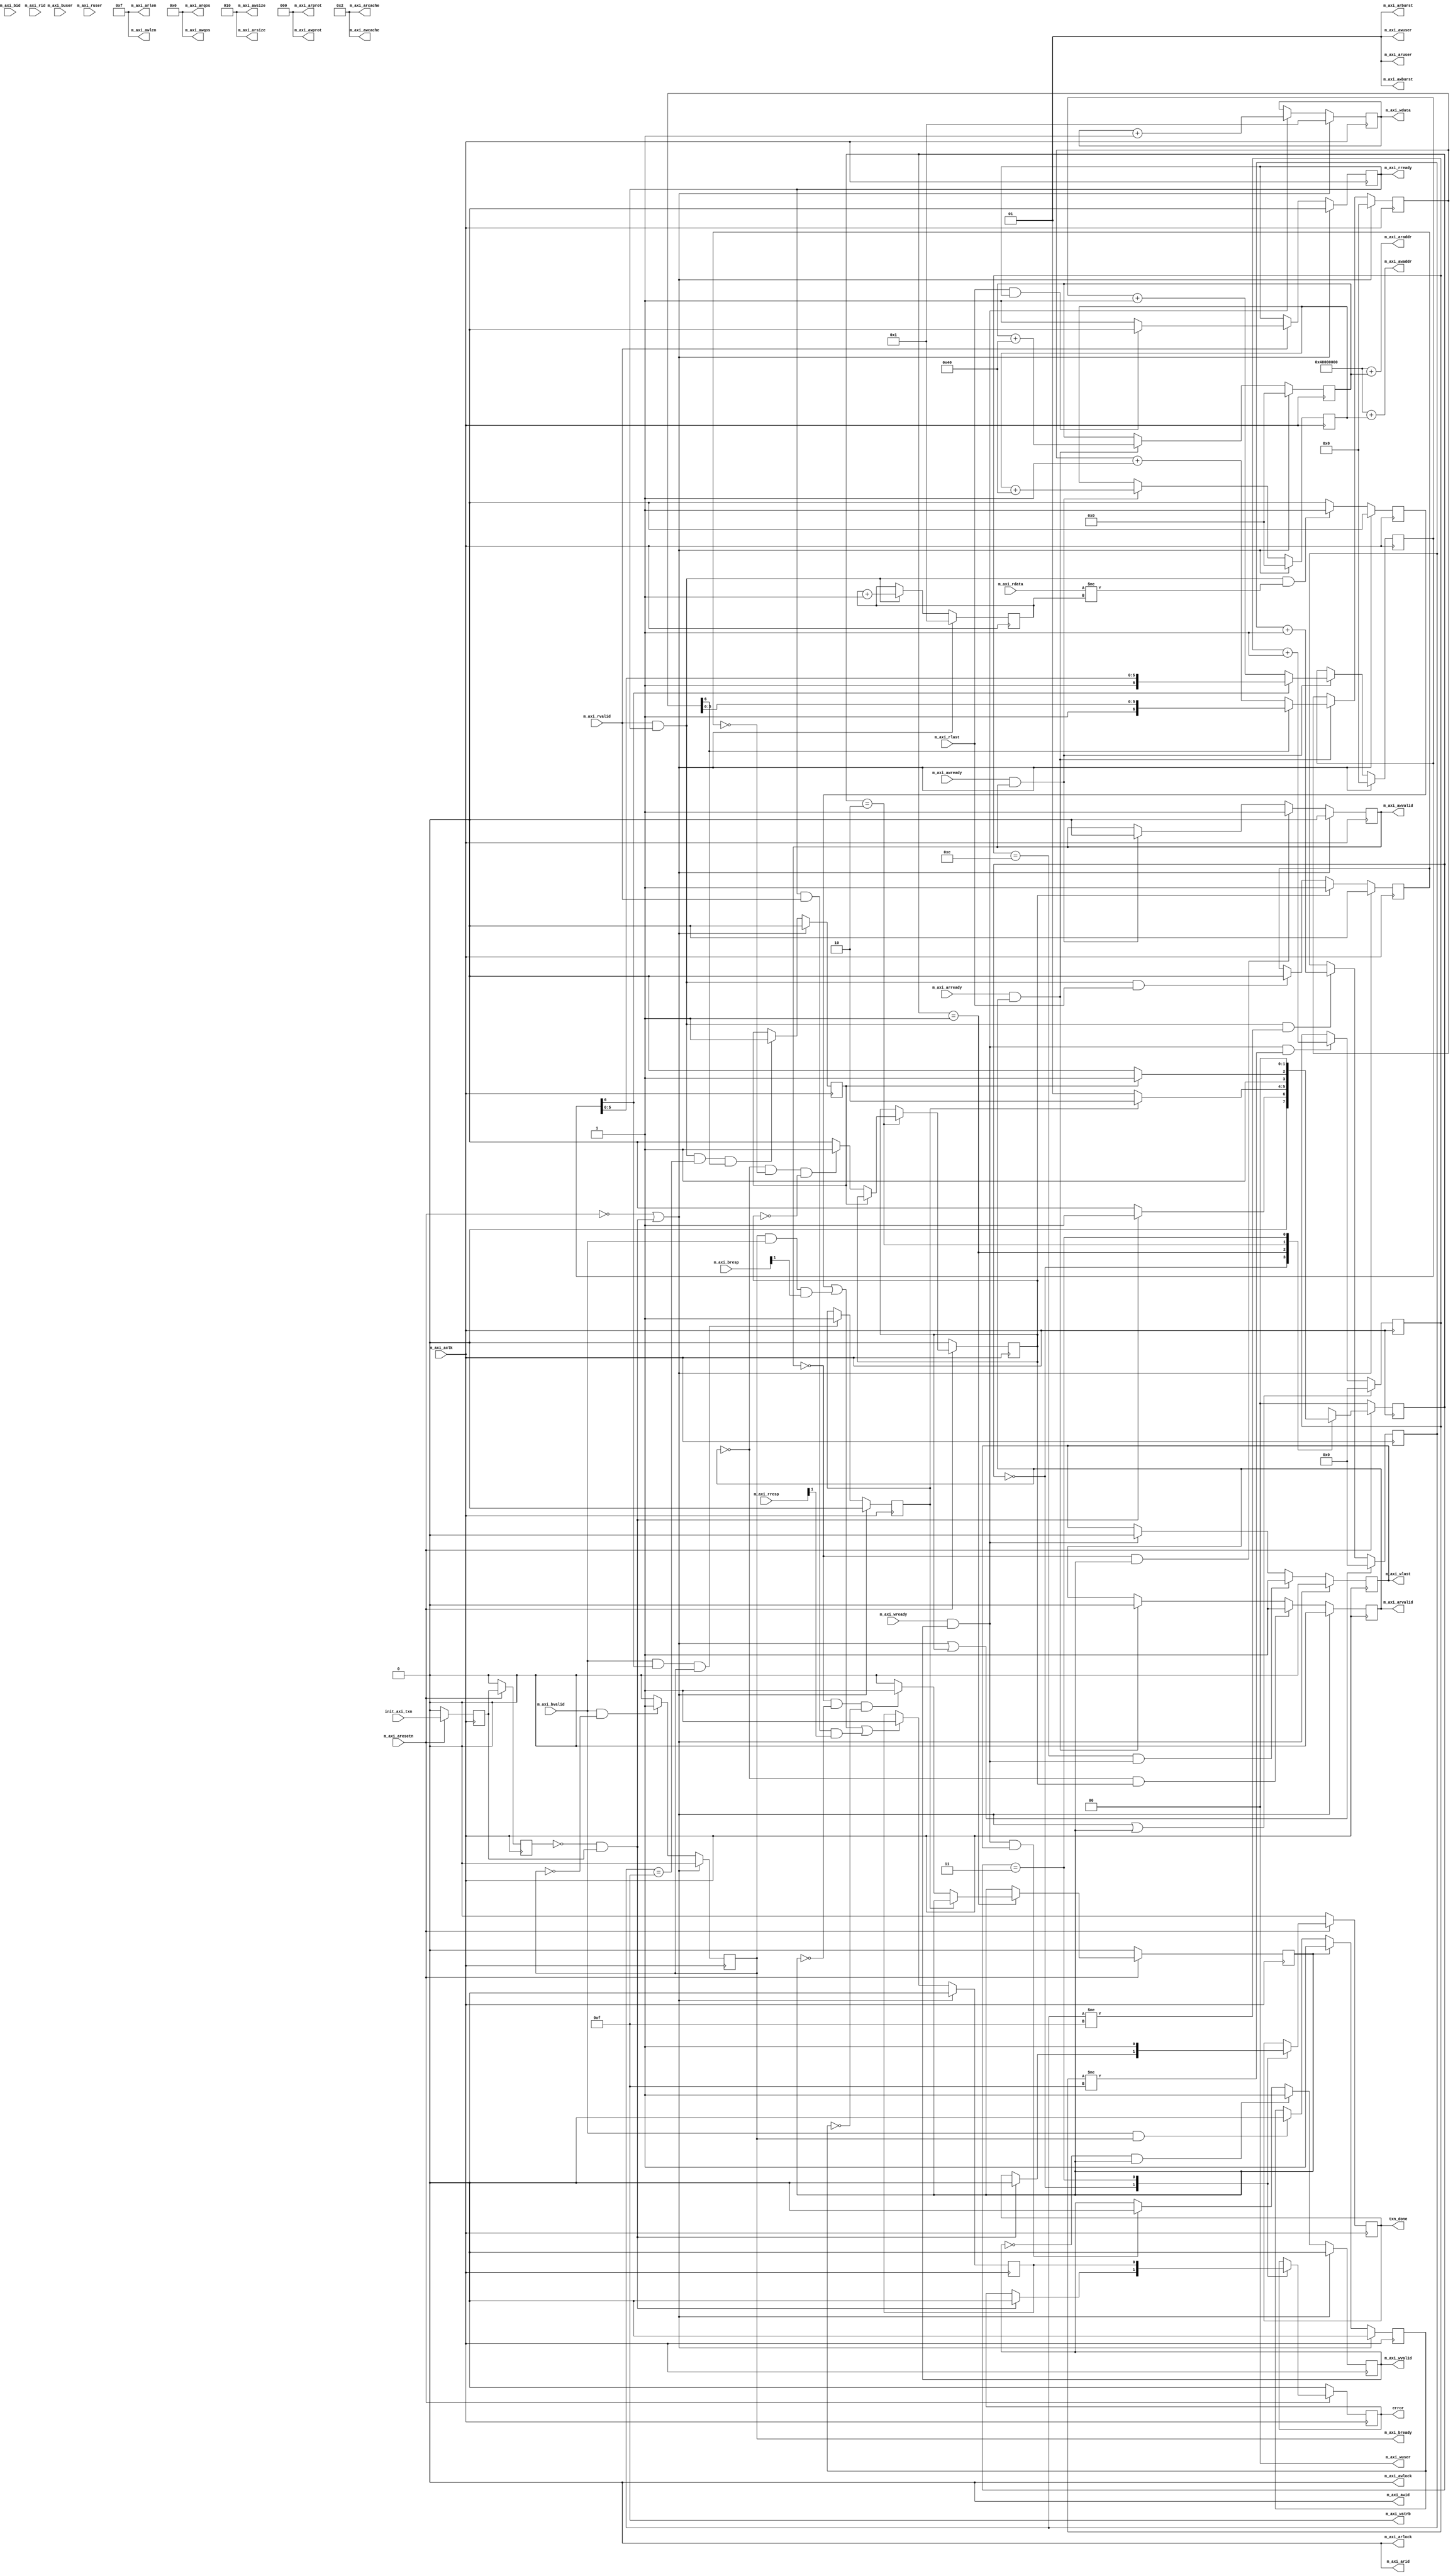
// PROVIDED BY XILINX; NO MODIFICATIONS; WE DID NOT WRITE THIS!

`timescale 1 ns / 1 ps

	module myip4_v1_0_m00_axi #
	(
		// users to add parameters here

		// user parameters ends
		// do not modify the parameters beyond this line

		// base address of targeted slave
		parameter  C_M_TARGET_SLAVE_BASE_ADDR	= 32'h40000000,

		// burst length. supports 1, 2, 4, 8, 16, 32, 64, 128, 256 burst lengths
		parameter integer C_M_AXI_BURST_LEN	= 16,

		// thread id width
		parameter integer C_M_AXI_ID_WIDTH	= 1,

		// width of address bus
		parameter integer C_M_AXI_ADDR_WIDTH	= 32,

		// width of data bus
		parameter integer C_M_AXI_DATA_WIDTH	= 32,

		// width of user write address bus
		parameter integer C_M_AXI_AWUSER_WIDTH	= 0,

		// width of user read address bus
		parameter integer C_M_AXI_ARUSER_WIDTH	= 0,

		// width of user write data bus
		parameter integer C_M_AXI_WUSER_WIDTH	= 0,

		// width of user read data bus
		parameter integer C_M_AXI_RUSER_WIDTH	= 0,

		// width of user response bus
		parameter integer C_M_AXI_BUSER_WIDTH	= 0
	)
	(
		// users to add ports here

		// user ports ends
	

		// initiate axi transactions
		input wire  init_axi_txn,

		// asserts when transaction is complete
		output wire  txn_done,

		// asserts when error is detected
		output reg  error,

		// global clock signal.
		input wire  m_axi_aclk,

		// global reset singal. this signal is active low
		input wire  m_axi_aresetn,

		// master interface write address id
		output wire [C_M_AXI_ID_WIDTH-1 : 0] m_axi_awid,

		// master interface write address
		output wire [C_M_AXI_ADDR_WIDTH-1 : 0] m_axi_awaddr,

		// burst length. the burst length gives the exact number of transfers in a burst
		output wire [7 : 0] m_axi_awlen,

		// burst size. this signal indicates the size of each transfer in the burst
		output wire [2 : 0] m_axi_awsize,

		// burst type. the burst type and the size information, 
    // determine how the address for each transfer within the burst is calculated.
		output wire [1 : 0] m_axi_awburst,

		// lock type. provides additional information about the
    // atomic characteristics of the transfer.
		output wire  m_axi_awlock,

		// memory type. this signal indicates how transactions
    // are required to progress through a system.
		output wire [3 : 0] m_axi_awcache,

		// protection type. this signal indicates the privilege
    // and security level of the transaction, and whether
    // the transaction is a data access or an instruction access.
		output wire [2 : 0] m_axi_awprot,

		// quality of service, qos identifier sent for each write transaction.
		output wire [3 : 0] m_axi_awqos,

		// optional user-defined signal in the write address channel.
		output wire [C_M_AXI_AWUSER_WIDTH-1 : 0] m_axi_awuser,

		// write address valid. this signal indicates that
    // the channel is signaling valid write address and control information.
		output wire  m_axi_awvalid,

		// write address ready. this signal indicates that
    // the slave is ready to accept an address and associated control signals
		input wire  m_axi_awready,

		// master interface write data.
		output wire [C_M_AXI_DATA_WIDTH-1 : 0] m_axi_wdata,

		// write strobes. this signal indicates which byte
    // lanes hold valid data. there is one write strobe
    // bit for each eight bits of the write data bus.
		output wire [C_M_AXI_DATA_WIDTH/8-1 : 0] m_axi_wstrb,

		// write last. this signal indicates the last transfer in a write burst.
		output wire  m_axi_wlast,

		// optional user-defined signal in the write data channel.
		output wire [C_M_AXI_WUSER_WIDTH-1 : 0] m_axi_wuser,

		// write valid. this signal indicates that valid write
    // data and strobes are available
		output wire  m_axi_wvalid,

		// write ready. this signal indicates that the slave
    // can accept the write data.
		input wire  m_axi_wready,

		// master interface write response.
		input wire [C_M_AXI_ID_WIDTH-1 : 0] m_axi_bid,

		// write response. this signal indicates the status of the write transaction.
		input wire [1 : 0] m_axi_bresp,

		// optional user-defined signal in the write response channel
		input wire [C_M_AXI_BUSER_WIDTH-1 : 0] m_axi_buser,

		// write response valid. this signal indicates that the
    // channel is signaling a valid write response.
		input wire  m_axi_bvalid,

		// response ready. this signal indicates that the master
    // can accept a write response.
		output wire  m_axi_bready,

		// master interface read address.
		output wire [C_M_AXI_ID_WIDTH-1 : 0] m_axi_arid,

		// read address. this signal indicates the initial
    // address of a read burst transaction.
		output wire [C_M_AXI_ADDR_WIDTH-1 : 0] m_axi_araddr,

		// burst length. the burst length gives the exact number of transfers in a burst
		output wire [7 : 0] m_axi_arlen,

		// burst size. this signal indicates the size of each transfer in the burst
		output wire [2 : 0] m_axi_arsize,

		// burst type. the burst type and the size information, 
    // determine how the address for each transfer within the burst is calculated.
		output wire [1 : 0] m_axi_arburst,

		// lock type. provides additional information about the
    // atomic characteristics of the transfer.
		output wire  m_axi_arlock,

		// memory type. this signal indicates how transactions
    // are required to progress through a system.
		output wire [3 : 0] m_axi_arcache,

		// protection type. this signal indicates the privilege
    // and security level of the transaction, and whether
    // the transaction is a data access or an instruction access.
		output wire [2 : 0] m_axi_arprot,

		// quality of service, qos identifier sent for each read transaction
		output wire [3 : 0] m_axi_arqos,

		// optional user-defined signal in the read address channel.
		output wire [C_M_AXI_ARUSER_WIDTH-1 : 0] m_axi_aruser,

		// write address valid. this signal indicates that
    // the channel is signaling valid read address and control information
		output wire  m_axi_arvalid,

		// read address ready. this signal indicates that
    // the slave is ready to accept an address and associated control signals
		input wire  m_axi_arready,

		// read id tag. this signal is the identification tag
    // for the read data group of signals generated by the slave.
		input wire [C_M_AXI_ID_WIDTH-1 : 0] m_axi_rid,

		// master read data
		input wire [C_M_AXI_DATA_WIDTH-1 : 0] m_axi_rdata,

		// read response. this signal indicates the status of the read transfer
		input wire [1 : 0] m_axi_rresp,

		// read last. this signal indicates the last transfer in a read burst
		input wire  m_axi_rlast,

		// optional user-defined signal in the read address channel.
		input wire [C_M_AXI_RUSER_WIDTH-1 : 0] m_axi_ruser,

		// read valid. this signal indicates that the channel
    // is signaling the required read data.
		input wire  m_axi_rvalid,

		// read ready. this signal indicates that the master can
    // accept the read data and response information.
		output wire  m_axi_rready
	);


	// function called clogb2 that returns an integer which has the
	//value of the ceiling of the log base 2

	  // function called clogb2 that returns an integer which has the 
	  // value of the ceiling of the log base 2.                      
	  function integer clogb2 (input integer bit_depth);              
	  begin                                                           
	    for(clogb2=0; bit_depth>0; clogb2=clogb2+1)                   
	      bit_depth = bit_depth >> 1;                                 
	    end                                                           
	  endfunction                                                     

	// C_TRANSACTIONS_NUM is the width of the index counter for 
	// number of write or read transaction.
	 localparam integer C_TRANSACTIONS_NUM = clogb2(C_M_AXI_BURST_LEN-1);

	// burst length for transactions, in c_m_axi_data_widths.
	// non-2^n lengths will eventually cause bursts across 4k address boundaries.
	 localparam integer C_MASTER_LENGTH	= 12;

	// total number of burst transfers is master length divided by burst length and burst size
	 localparam integer C_NO_BURSTS_REQ = C_MASTER_LENGTH-clogb2((C_M_AXI_BURST_LEN*C_M_AXI_DATA_WIDTH/8)-1);

	// example state machine to initialize counter, initialize write transactions, 
	// initialize read transactions and comparison of read data with the 
	// written data words.
	parameter [1:0] idle = 2'b00, // this state initiates axi4lite transaction 
			// after the state machine changes state to init_write 
			// when there is 0 to 1 transition on init_axi_txn
		init_write   = 2'b01, // this state initializes write transaction,

			// once writes are done, the state machine 
			// changes state to init_read 
		init_read = 2'b10, // this state initializes read transaction

			// once reads are done, the state machine 
			// changes state to init_compare 

		init_compare = 2'b11; // this state issues the status of comparison 
			// of the written data with the read data	

	 reg [1:0] mst_exec_state;

	// axi4lite signals
	//axi4 internal temp signals
	reg [C_M_AXI_ADDR_WIDTH-1 : 0] 	axi_awaddr;
	reg  	axi_awvalid;
	reg [C_M_AXI_DATA_WIDTH-1 : 0] 	axi_wdata;
	reg  	axi_wlast;
	reg  	axi_wvalid;
	reg  	axi_bready;
	reg [C_M_AXI_ADDR_WIDTH-1 : 0] 	axi_araddr;
	reg  	axi_arvalid;
	reg  	axi_rready;
	//write beat count in a burst
	reg [C_TRANSACTIONS_NUM : 0] 	write_index;

	//read beat count in a burst
	reg [C_TRANSACTIONS_NUM : 0] 	read_index;

	//size of C_M_AXI_BURST_LEN length burst in bytes
	wire [C_TRANSACTIONS_NUM+2 : 0] 	burst_size_bytes;

	//the burst counters are used to track the number of burst transfers of C_M_AXI_BURST_LEN burst length needed to transfer 2^C_MASTER_LENGTH bytes of data.
	reg [C_NO_BURSTS_REQ : 0] 	write_burst_counter;

	reg [C_NO_BURSTS_REQ : 0] 	read_burst_counter;
	reg  	start_single_burst_write;
	reg  	start_single_burst_read;
	reg  	writes_done;
	reg  	reads_done;
	reg  	error_reg;
	reg  	compare_done;
	reg  	read_mismatch;
	reg  	burst_write_active;
	reg  	burst_read_active;
	reg [C_M_AXI_DATA_WIDTH-1 : 0] 	expected_rdata;

	//interface response error flags
	wire  	write_resp_error;
	wire  	read_resp_error;
	wire  	wnext;
	wire  	rnext;
	reg  	init_txn_ff;
	reg  	init_txn_ff2;
	reg  	init_txn_edge;
	wire  	init_txn_pulse;


	// i/o connections assignments

	//i/o connections. write address (aw)
	assign m_axi_awid	= 'b0;

	//the axi address is a concatenation of the target base address + active offset range
	assign m_axi_awaddr	= C_M_TARGET_SLAVE_BASE_ADDR + axi_awaddr;

	//burst length is number of transaction beats, minus 1
	assign m_axi_awlen	= C_M_AXI_BURST_LEN - 1;

	//size should be C_M_AXI_DATA_WIDTH, in 2^size bytes, otherwise narrow bursts are used
	assign m_axi_awsize	= clogb2((C_M_AXI_DATA_WIDTH/8)-1);

	//incr burst type is usually used, except for keyhole bursts
	assign m_axi_awburst	= 2'b01;

	assign m_axi_awlock	= 1'b0;

	//update value to 4'b0011 if coherent accesses to be used via the zynq acp port. not allocated, modifiable, not bufferable. not bufferable since this example is meant to test memory, not intermediate cache. 
	assign m_axi_awcache	= 4'b0010;

	assign m_axi_awprot	= 3'h0;
	assign m_axi_awqos	= 4'h0;
	assign m_axi_awuser	= 'b1;
	assign m_axi_awvalid	= axi_awvalid;
	
	//write data(w)
	assign m_axi_wdata	= axi_wdata;

	//all bursts are complete and aligned in this example
	assign m_axi_wstrb	= {(C_M_AXI_DATA_WIDTH/8){1'b1}};

	assign m_axi_wlast	= axi_wlast;
	assign m_axi_wuser	= 'b0;
	assign m_axi_wvalid	= axi_wvalid;
	
	//write response (b)
	assign m_axi_bready	= axi_bready;

	//read address (ar)
	assign m_axi_arid	= 'b0;
	
	assign m_axi_araddr	= C_M_TARGET_SLAVE_BASE_ADDR + axi_araddr;
	
	//burst length is number of transaction beats, minus 1
	assign m_axi_arlen	= C_M_AXI_BURST_LEN - 1;
	
	//size should be C_M_AXI_DATA_WIDTH, in 2^n bytes, otherwise narrow bursts are used
	assign m_axi_arsize	= clogb2((C_M_AXI_DATA_WIDTH/8)-1);
	
	//incr burst type is usually used, except for keyhole bursts
	assign m_axi_arburst	= 2'b01;
	
	assign m_axi_arlock	= 1'b0;
	
	//update value to 4'b0011 if coherent accesses to be used via the zynq acp port. not allocated, modifiable, not bufferable. not bufferable since this example is meant to test memory, not intermediate cache. 
	assign m_axi_arcache	= 4'b0010;
	
	assign m_axi_arprot	= 3'h0;
	assign m_axi_arqos	= 4'h0;
	assign m_axi_aruser	= 'b1;
	assign m_axi_arvalid	= axi_arvalid;
	
	//read and read response (r)
	assign m_axi_rready	= axi_rready;
	
	//example design i/o
	assign txn_done	= compare_done;
	
	//burst size in bytes
	assign burst_size_bytes	= C_M_AXI_BURST_LEN * C_M_AXI_DATA_WIDTH/8;
	
	assign init_txn_pulse	= (!init_txn_ff2) && init_txn_ff;


	//generate a pulse to initiate axi transaction.
	always @(posedge m_axi_aclk)										      
	  begin                                                                        
	    // initiates axi transaction delay    
	    if (m_axi_aresetn == 0 )                                                   
	      begin                                                                    
	        init_txn_ff <= 1'b0;                                                   
	        init_txn_ff2 <= 1'b0;                                                   
	      end                                                                               
	    else                                                                       
	      begin  
	        init_txn_ff <= init_axi_txn;
	        init_txn_ff2 <= init_txn_ff;                                                                 
	      end                                                                      
	  end     


	//--------------------
	//write address channel
	//--------------------

	// the purpose of the write address channel is to request the address and 
	// command information for the entire transaction.  it is a single beat
	// of information.

	// the axi4 write address channel in this example will continue to initiate
	// write commands as fast as it is allowed by the slave/interconnect.
	// the address will be incremented on each accepted address transaction,
	// by burst_size_byte to point to the next address. 

	  always @(posedge m_axi_aclk)                                   
	  begin                                                                
	                                                                       
	    if (m_axi_aresetn == 0 || init_txn_pulse == 1'b1 )                                           
	      begin                                                            
	        axi_awvalid <= 1'b0;                                           
	      end                                                              
	    // if previously not valid , start next transaction                
	    else if (~axi_awvalid && start_single_burst_write)                 
	      begin                                                            
	        axi_awvalid <= 1'b1;                                           
	      end                                                              
	    /* once asserted, valids cannot be deasserted, so axi_awvalid      
	    must wait until transaction is accepted */                         
	    else if (m_axi_awready && axi_awvalid)                             
	      begin                                                            
	        axi_awvalid <= 1'b0;                                           
	      end                                                              
	    else                                                               
	      axi_awvalid <= axi_awvalid;                                      
	    end                                                                
	                                                                       
	                                                                       
	// next address after awready indicates previous address acceptance    
	  always @(posedge m_axi_aclk)                                         
	  begin                                                                
	    if (m_axi_aresetn == 0 || init_txn_pulse == 1'b1)                                            
	      begin                                                            
	        axi_awaddr <= 'b0;                                             
	      end                                                              
	    else if (m_axi_awready && axi_awvalid)                             
	      begin                                                            
	        axi_awaddr <= axi_awaddr + burst_size_bytes;                   
	      end                                                              
	    else                                                               
	      axi_awaddr <= axi_awaddr;                                        
	    end                                                                


	//--------------------
	//write data channel
	//--------------------

	//the write data will continually try to push write data across the interface.

	//the amount of data accepted will depend on the axi slave and the axi
	//interconnect settings, such as if there are fifos enabled in interconnect.

	//note that there is no explicit timing relationship to the write address channel.
	//the write channel has its own throttling flag, separate from the aw channel.

	//synchronization between the channels must be determined by the user.

	//the simpliest but lowest performance would be to only issue one address write
	//and write data burst at a time.

	//in this example they are kept in sync by using the same address increment
	//and burst sizes. then the aw and w channels have their transactions measured
	//with threshold counters as part of the user logic, to make sure neither 
	//channel gets too far ahead of each other.

	//forward movement occurs when the write channel is valid and ready

	  assign wnext = m_axi_wready & axi_wvalid;                                   
	                                                                                    
	// wvalid logic, similar to the axi_awvalid always block above                      
	  always @(posedge m_axi_aclk)                                                      
	  begin                                                                             
	    if (m_axi_aresetn == 0 || init_txn_pulse == 1'b1 )                                                        
	      begin                                                                         
	        axi_wvalid <= 1'b0;                                                         
	      end                                                                           
	    // if previously not valid, start next transaction                              
	    else if (~axi_wvalid && start_single_burst_write)                               
	      begin                                                                         
	        axi_wvalid <= 1'b1;                                                         
	      end                                                                           
	    /* if wready and too many writes, throttle wvalid                               
	    once asserted, valids cannot be deasserted, so wvalid                           
	    must wait until burst is complete with wlast */                                 
	    else if (wnext && axi_wlast)                                                    
	      axi_wvalid <= 1'b0;                                                           
	    else                                                                            
	      axi_wvalid <= axi_wvalid;                                                     
	  end                                                                               
	                                                                                    
	                                                                                    
	//wlast generation on the msb of a counter underflow                                
	// wvalid logic, similar to the axi_awvalid always block above                      
	  always @(posedge m_axi_aclk)                                                      
	  begin                                                                             
	    if (m_axi_aresetn == 0 || init_txn_pulse == 1'b1 )                                                        
	      begin                                                                         
	        axi_wlast <= 1'b0;                                                          
	      end                                                                           
	    // axi_wlast is asserted when the write index                                   
	    // count reaches the penultimate count to synchronize                           
	    // with the last write data when write_index is b1111                           
	    // else if (&(write_index[C_TRANSACTIONS_NUM-1:1])&& ~write_index[0] && wnext)  
	    else if (((write_index == C_M_AXI_BURST_LEN-2 && C_M_AXI_BURST_LEN >= 2) && wnext) || (C_M_AXI_BURST_LEN == 1 ))
	      begin                                                                         
	        axi_wlast <= 1'b1;                                                          
	      end                                                                           
	    // deassrt axi_wlast when the last write data has been                          
	    // accepted by the slave with a valid response                                  
	    else if (wnext)                                                                 
	      axi_wlast <= 1'b0;                                                            
	    else if (axi_wlast && C_M_AXI_BURST_LEN == 1)                                   
	      axi_wlast <= 1'b0;                                                            
	    else                                                                            
	      axi_wlast <= axi_wlast;                                                       
	  end                                                                               
	                                                                                    
	                                                                                    
	/* burst length counter. uses extra counter register bit to indicate terminal       
	 count to reduce decode logic */                                                    
	  always @(posedge m_axi_aclk)                                                      
	  begin                                                                             
	    if (m_axi_aresetn == 0 || init_txn_pulse == 1'b1 || start_single_burst_write == 1'b1)    
	      begin                                                                         
	        write_index <= 0;                                                           
	      end                                                                           
	    else if (wnext && (write_index != C_M_AXI_BURST_LEN-1))                         
	      begin                                                                         
	        write_index <= write_index + 1;                                             
	      end                                                                           
	    else                                                                            
	      write_index <= write_index;                                                   
	  end                                                                               
	                                                                                    
	                                                                                    
	/* write data generator                                                             
	 data pattern is only a simple incrementing count from 0 for each burst  */         
	  always @(posedge m_axi_aclk)                                                      
	  begin                                                                             
	    if (m_axi_aresetn == 0 || init_txn_pulse == 1'b1)                                                         
	      axi_wdata <= 'b1;                                                             
	    //else if (wnext && axi_wlast)                                                  
	    //  axi_wdata <= 'b0;                                                           
	    else if (wnext)                                                                 
	      axi_wdata <= axi_wdata + 1;                                                   
	    else                                                                            
	      axi_wdata <= axi_wdata;                                                       
	    end                                                                             


	//----------------------------
	//write response (b) channel
	//----------------------------

	//the write response channel provides feedback that the write has committed
	//to memory. bready will occur when all of the data and the write address
	//has arrived and been accepted by the slave.

	//the write issuance (number of outstanding write addresses) is started by 
	//the address write transfer, and is completed by a bready/bresp.

	//while negating bready will eventually throttle the awready signal, 
	//it is best not to throttle the whole data channel this way.

	//the bresp bit [1] is used indicate any errors from the interconnect or
	//slave for the entire write burst. this example will capture the error 
	//into the error output. 

	  always @(posedge m_axi_aclk)                                     
	  begin                                                                 
	    if (m_axi_aresetn == 0 || init_txn_pulse == 1'b1 )                                            
	      begin                                                             
	        axi_bready <= 1'b0;                                             
	      end                                                               
	    // accept/acknowledge bresp with axi_bready by the master           
	    // when m_axi_bvalid is asserted by slave                           
	    else if (m_axi_bvalid && ~axi_bready)                               
	      begin                                                             
	        axi_bready <= 1'b1;                                             
	      end                                                               
	    // deassert after one clock cycle                                   
	    else if (axi_bready)                                                
	      begin                                                             
	        axi_bready <= 1'b0;                                             
	      end                                                               
	    // retain the previous value                                        
	    else                                                                
	      axi_bready <= axi_bready;                                         
	  end                                                                   
	                                                                        
	                                                                        
	//flag any write response errors                                        
	  assign write_resp_error = axi_bready & m_axi_bvalid & m_axi_bresp[1]; 


	//----------------------------
	//read address channel
	//----------------------------

	//the read address channel (aw) provides a similar function to the
	//write address channel- to provide the tranfer qualifiers for the burst.

	//in this example, the read address increments in the same
	//manner as the write address channel.

	  always @(posedge m_axi_aclk)                                 
	  begin                                                              
	                                                                     
	    if (m_axi_aresetn == 0 || init_txn_pulse == 1'b1 )                                         
	      begin                                                          
	        axi_arvalid <= 1'b0;                                         
	      end                                                            
	    // if previously not valid , start next transaction              
	    else if (~axi_arvalid && start_single_burst_read)                
	      begin                                                          
	        axi_arvalid <= 1'b1;                                         
	      end                                                            
	    else if (m_axi_arready && axi_arvalid)                           
	      begin                                                          
	        axi_arvalid <= 1'b0;                                         
	      end                                                            
	    else                                                             
	      axi_arvalid <= axi_arvalid;                                    
	  end                                                                
	                                                                     
	                                                                     
	// next address after arready indicates previous address acceptance  
	  always @(posedge m_axi_aclk)                                       
	  begin                                                              
	    if (m_axi_aresetn == 0 || init_txn_pulse == 1'b1)                                          
	      begin                                                          
	        axi_araddr <= 'b0;                                           
	      end                                                            
	    else if (m_axi_arready && axi_arvalid)                           
	      begin                                                          
	        axi_araddr <= axi_araddr + burst_size_bytes;                 
	      end                                                            
	    else                                                             
	      axi_araddr <= axi_araddr;                                      
	  end                                                                


	//--------------------------------
	//read data (and response) channel
	//--------------------------------

	 // forward movement occurs when the channel is valid and ready   
	  assign rnext = m_axi_rvalid && axi_rready;                            
	                                                                        
	                                                                        
	// burst length counter. uses extra counter register bit to indicate    
	// terminal count to reduce decode logic                                
	  always @(posedge m_axi_aclk)                                          
	  begin                                                                 
	    if (m_axi_aresetn == 0 || init_txn_pulse == 1'b1 || start_single_burst_read)                  
	      begin                                                             
	        read_index <= 0;                                                
	      end                                                               
	    else if (rnext && (read_index != C_M_AXI_BURST_LEN-1))              
	      begin                                                             
	        read_index <= read_index + 1;                                   
	      end                                                               
	    else                                                                
	      read_index <= read_index;                                         
	  end                                                                   
	                                                                        
	                                                                        
	/*                                                                      
	 the read data channel returns the results of the read request          
	                                                                        
	 in this example the data checker is always able to accept              
	 more data, so no need to throttle the rready signal                    
	 */                                                                     
	  always @(posedge m_axi_aclk)                                          
	  begin                                                                 
	    if (m_axi_aresetn == 0 || init_txn_pulse == 1'b1 )                  
	      begin                                                             
	        axi_rready <= 1'b0;                                             
	      end                                                               
	    // accept/acknowledge rdata/rresp with axi_rready by the master     
	    // when m_axi_rvalid is asserted by slave                           
	    else if (m_axi_rvalid)                       
	      begin                                      
	         if (m_axi_rlast && axi_rready)          
	          begin                                  
	            axi_rready <= 1'b0;                  
	          end                                    
	         else                                    
	           begin                                 
	             axi_rready <= 1'b1;                 
	           end                                   
	      end                                        
	    // retain the previous value                 
	  end                                            
	                                                                        
	//check received read data against data generator                       
	  always @(posedge m_axi_aclk)                                          
	  begin                                                                 
	    if (m_axi_aresetn == 0 || init_txn_pulse == 1'b1)                   
	      begin                                                             
	        read_mismatch <= 1'b0;                                          
	      end                                                               
	    //only check data when rvalid is active                             
	    else if (rnext && (m_axi_rdata != expected_rdata))                  
	      begin                                                             
	        read_mismatch <= 1'b1;                                          
	      end                                                               
	    else                                                                
	      read_mismatch <= 1'b0;                                            
	  end                                                                   
	                                                                        
	//flag any read response errors                                         
	  assign read_resp_error = axi_rready & m_axi_rvalid & m_axi_rresp[1];  


	//----------------------------------------
	//example design read check data generator
	//-----------------------------------------

	//generate expected read data to check against actual read data

	  always @(posedge m_axi_aclk)                     
	  begin                                                  
		if (m_axi_aresetn == 0 || init_txn_pulse == 1'b1)// || m_axi_rlast)             
			expected_rdata <= 'b1;                            
		else if (m_axi_rvalid && axi_rready)                  
			expected_rdata <= expected_rdata + 1;             
		else                                                  
			expected_rdata <= expected_rdata;                 
	  end                                                    


	//----------------------------------
	//example design error register
	//----------------------------------

	//register and hold any data mismatches, or read/write interface errors 

	  always @(posedge m_axi_aclk)                                 
	  begin                                                              
	    if (m_axi_aresetn == 0 || init_txn_pulse == 1'b1)                                          
	      begin                                                          
	        error_reg <= 1'b0;                                           
	      end                                                            
	    else if (read_mismatch || write_resp_error || read_resp_error)   
	      begin                                                          
	        error_reg <= 1'b1;                                           
	      end                                                            
	    else                                                             
	      error_reg <= error_reg;                                        
	  end                                                                


	//--------------------------------
	//example design throttling
	//--------------------------------

	// for maximum port throughput, this user example code will try to allow
	// each channel to run as independently and as quickly as possible.

	// however, there are times when the flow of data needs to be throtted by
	// the user application. this example application requires that data is
	// not read before it is written and that the write channels do not
	// advance beyond an arbitrary threshold (say to prevent an 
	// overrun of the current read address by the write address).

	// from axi4 specification, 13.13.1: "if a master requires ordering between 
	// read and write transactions, it must ensure that a response is received 
	// for the previous transaction before issuing the next transaction."

	// this example accomplishes this user application throttling through:
	// -reads wait for writes to fully complete
	// -address writes wait when not read + issued transaction counts pass 
	// a parameterized threshold
	// -writes wait when a not read + active data burst count pass 
	// a parameterized threshold

	 // write_burst_counter counter keeps track with the number of burst transaction initiated            
	 // against the number of burst transactions the master needs to initiate                                   
	  always @(posedge m_axi_aclk)                                                                              
	  begin                                                                                                     
	    if (m_axi_aresetn == 0 || init_txn_pulse == 1'b1 )                                                                                 
	      begin                                                                                                 
	        write_burst_counter <= 'b0;                                                                         
	      end                                                                                                   
	    else if (m_axi_awready && axi_awvalid)                                                                  
	      begin                                                                                                 
	        if (write_burst_counter[C_NO_BURSTS_REQ] == 1'b0)                                                   
	          begin                                                                                             
	            write_burst_counter <= write_burst_counter + 1'b1;                                              
	            //write_burst_counter[C_NO_BURSTS_REQ] <= 1'b1;                                                 
	          end                                                                                               
	      end                                                                                                   
	    else                                                                                                    
	      write_burst_counter <= write_burst_counter;                                                           
	  end                                                                                                       
	                                                                                                            
	 // read_burst_counter counter keeps track with the number of burst transaction initiated                   
	 // against the number of burst transactions the master needs to initiate                                   
	  always @(posedge m_axi_aclk)                                                                              
	  begin                                                                                                     
	    if (m_axi_aresetn == 0 || init_txn_pulse == 1'b1)                                                                                 
	      begin                                                                                                 
	        read_burst_counter <= 'b0;                                                                          
	      end                                                                                                   
	    else if (m_axi_arready && axi_arvalid)                                                                  
	      begin                                                                                                 
	        if (read_burst_counter[C_NO_BURSTS_REQ] == 1'b0)                                                    
	          begin                                                                                             
	            read_burst_counter <= read_burst_counter + 1'b1;                                                
	            //read_burst_counter[C_NO_BURSTS_REQ] <= 1'b1;                                                  
	          end                                                                                               
	      end                                                                                                   
	    else                                                                                                    
	      read_burst_counter <= read_burst_counter;                                                             
	  end                                                                                                       
	                                                                                                            
	                                                                                                            
	  //implement master command interface state machine                                                        
	                                                                                                            
	  always @ ( posedge m_axi_aclk)                                                                            
	  begin                                                                                                     
	    if (m_axi_aresetn == 1'b0 )                                                                             
	      begin                                                                                                 
	        // reset condition                                                                                  
	        // all the signals are assigned default values under reset condition                                
	        mst_exec_state      <= idle;                                                                
	        start_single_burst_write <= 1'b0;                                                                   
	        start_single_burst_read  <= 1'b0;                                                                   
	        compare_done      <= 1'b0;                                                                          
	        error <= 1'b0;   
	      end                                                                                                   
	    else                                                                                                    
	      begin                                                                                                 
	                                                                                                            
	        // state transition                                                                                 
	        case (mst_exec_state)                                                                               
	                                                                                                            
	          idle:                                                                                     
	            // this state is responsible to wait for user defined c_m_start_count                           
	            // number of clock cycles.                                                                      
	            if ( init_txn_pulse == 1'b1)                                                      
	              begin                                                                                         
	                mst_exec_state  <= init_write;                                                              
	                error <= 1'b0;
	                compare_done <= 1'b0;
	              end                                                                                           
	            else                                                                                            
	              begin                                                                                         
	                mst_exec_state  <= idle;                                                            
	              end                                                                                           
	                                                                                                            
	          init_write:                                                                                       
	            // this state is responsible to issue start_single_write pulse to                               
	            // initiate a write transaction. write transactions will be                                     
	            // issued until burst_write_active signal is asserted.                                          
	            // write controller                                                                             
	            if (writes_done)                                                                                
	              begin                                                                                         
	                mst_exec_state <= init_read;//                                                              
	              end                                                                                           
	            else                                                                                            
	              begin                                                                                         
	                mst_exec_state  <= init_write;                                                              
	                                                                                                            
	                if (~axi_awvalid && ~start_single_burst_write && ~burst_write_active)                       
	                  begin                                                                                     
	                    start_single_burst_write <= 1'b1;                                                       
	                  end                                                                                       
	                else                                                                                        
	                  begin                                                                                     
	                    start_single_burst_write <= 1'b0; //negate to generate a pulse                          
	                  end                                                                                       
	              end                                                                                           
	                                                                                                            
	          init_read:                                                                                        
	            // this state is responsible to issue start_single_read pulse to                                
	            // initiate a read transaction. read transactions will be                                       
	            // issued until burst_read_active signal is asserted.                                           
	            // read controller                                                                              
	            if (reads_done)                                                                                 
	              begin                                                                                         
	                mst_exec_state <= init_compare;                                                             
	              end                                                                                           
	            else                                                                                            
	              begin                                                                                         
	                mst_exec_state  <= init_read;                                                               
	                                                                                                            
	                if (~axi_arvalid && ~burst_read_active && ~start_single_burst_read)                         
	                  begin                                                                                     
	                    start_single_burst_read <= 1'b1;                                                        
	                  end                                                                                       
	               else                                                                                         
	                 begin                                                                                      
	                   start_single_burst_read <= 1'b0; //negate to generate a pulse                            
	                 end                                                                                        
	              end                                                                                           
	                                                                                                            
	          init_compare:                                                                                     
	            // this state is responsible to issue the state of comparison                                   
	            // of written data with the read data. if no error flags are set,                               
	            // compare_done signal will be asseted to indicate success.                                     
	            //if (~error_reg)                                                                               
	            begin                                                                                           
	              error <= error_reg;
	              mst_exec_state <= idle;                                                               
	              compare_done <= 1'b1;                                                                         
	            end                                                                                             
	          default :                                                                                         
	            begin                                                                                           
	              mst_exec_state  <= idle;                                                              
	            end                                                                                             
	        endcase                                                                                             
	      end                                                                                                   
	  end //master_execution_proc                                                                               
	                                                                                                            
	                                                                                                            
	  // burst_write_active signal is asserted when there is a burst write transaction                          
	  // is initiated by the assertion of start_single_burst_write. burst_write_active                          
	  // signal remains asserted until the burst write is accepted by the slave                                 
	  always @(posedge m_axi_aclk)                                                                              
	  begin                                                                                                     
	    if (m_axi_aresetn == 0 || init_txn_pulse == 1'b1)                                                                                 
	      burst_write_active <= 1'b0;                                                                           
	                                                                                                            
	    //the burst_write_active is asserted when a write burst transaction is initiated                        
	    else if (start_single_burst_write)                                                                      
	      burst_write_active <= 1'b1;                                                                           
	    else if (m_axi_bvalid && axi_bready)                                                                    
	      burst_write_active <= 0;                                                                              
	  end                                                                                                       
	                                                                                                            
	 // check for last write completion.                                                                        
	                                                                                                            
	 // this logic is to qualify the last write count with the final write                                      
	 // response. this demonstrates how to confirm that a write has been                                        
	 // committed.                                                                                              
	                                                                                                            
	  always @(posedge m_axi_aclk)                                                                              
	  begin                                                                                                     
	    if (m_axi_aresetn == 0 || init_txn_pulse == 1'b1)                                                                                 
	      writes_done <= 1'b0;                                                                                  
	                                                                                                            
	    //the writes_done should be associated with a bready response                                           
	    //else if (m_axi_bvalid && axi_bready && (write_burst_counter == {(C_NO_BURSTS_REQ-1){1}}) && axi_wlast)
	    else if (m_axi_bvalid && (write_burst_counter[C_NO_BURSTS_REQ]) && axi_bready)                          
	      writes_done <= 1'b1;                                                                                  
	    else                                                                                                    
	      writes_done <= writes_done;                                                                           
	    end                                                                                                     
	                                                                                                            
	  // burst_read_active signal is asserted when there is a burst write transaction                           
	  // is initiated by the assertion of start_single_burst_write. start_single_burst_read                     
	  // signal remains asserted until the burst read is accepted by the master                                 
	  always @(posedge m_axi_aclk)                                                                              
	  begin                                                                                                     
	    if (m_axi_aresetn == 0 || init_txn_pulse == 1'b1)                                                                                 
	      burst_read_active <= 1'b0;                                                                            
	                                                                                                            
	    //the burst_write_active is asserted when a write burst transaction is initiated                        
	    else if (start_single_burst_read)                                                                       
	      burst_read_active <= 1'b1;                                                                            
	    else if (m_axi_rvalid && axi_rready && m_axi_rlast)                                                     
	      burst_read_active <= 0;                                                                               
	    end                                                                                                     
	                                                                                                            
	                                                                                                            
	 // check for last read completion.                                                                         
	                                                                                                            
	 // this logic is to qualify the last read count with the final read                                        
	 // response. this demonstrates how to confirm that a read has been                                         
	 // committed.                                                                                              
	                                                                                                            
	  always @(posedge m_axi_aclk)                                                                              
	  begin                                                                                                     
	    if (m_axi_aresetn == 0 || init_txn_pulse == 1'b1)                                                                                 
	      reads_done <= 1'b0;                                                                                   
	                                                                                                            
	    //the reads_done should be associated with a rready response                                            
	    //else if (m_axi_bvalid && axi_bready && (write_burst_counter == {(C_NO_BURSTS_REQ-1){1}}) && axi_wlast)
	    else if (m_axi_rvalid && axi_rready && (read_index == C_M_AXI_BURST_LEN-1) && (read_burst_counter[C_NO_BURSTS_REQ]))
	      reads_done <= 1'b1;                                                                                   
	    else                                                                                                    
	      reads_done <= reads_done;                                                                             
	    end                                                                                                     

	// add user logic here

	// user logic ends

	endmodule